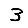
Digit: 3